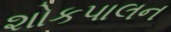
શોકપાલન